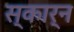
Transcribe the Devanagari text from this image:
स्कार्न